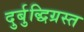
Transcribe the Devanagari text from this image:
दुर्बुद्धिग्रस्त